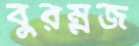
বুরম্নজ